Civil Veterinary Department. Madras. Admin. report 1910-25 - 1910-1925
Year: 1910
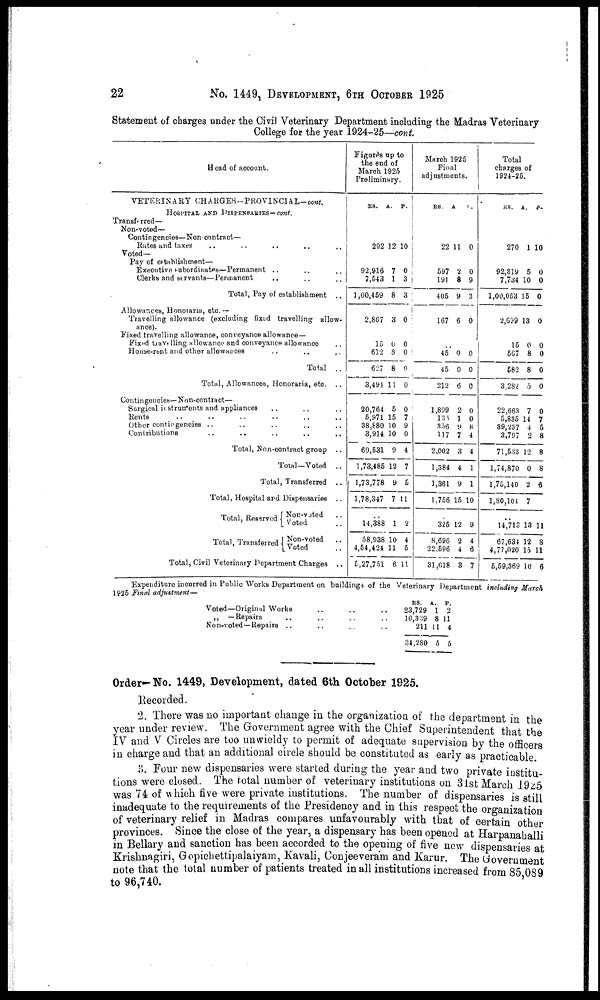
22
No. 1449, DEVELOPMENT, 6TH OCTOBER 1925
Statement of charges under the Civil Veterinary Department including the Madras Veterinary
College for the year 1924-25—cont.
Head of account.
VETERINARY CHARGES--PROVlNCIAL-cont.
HOSPITAL AND DISPENSARIES-cont.
Transferred—
Non-voted—
Contingencies—Non contract—
Rates and taxes .. .. ..
Voted—
Pay of establishment—
Executive subordinates—Permanent .. .. .. ..
Clerks and servants—Permanent .. ..
Total, Pay of establishment ..
Allowances, Honoiaria, etc.—
Travelling allowance (excluding fixed travelling allow-
ance).
Fixed travelling allowance, conveyance allowance—
Fixed travelling allowance and conveyance allowance ..
House-rent and other allowances .. .. ..
Total ..
Total, Allowances, Honoraria, etc. ..
Contingencies—Non-contract—
Surgical instruments and appliances .. .. ..
Rents .. .. .. .. ..
Other contingencies .. .. .. ..
Contributions .. .. .. ..
Total, Non-contract group .. .. ..
Total—Voted ..
Total, Transferred
..
Total, Hospital and Dispensaries ..
Total, Reserved Non-voted ..
Voted ..
Total, Transferred
Non-voted
..
Voted
Total, Civil Veterinary Department Charges ..
Figures up to
the end of
March 1925
Preliminary.
RS.
292
92,916
7,643
1,00,459
2,867
15
612
627
3,491
20,764
5,971
38,680
3,914
69,531
1,73,485
1,73,778
1,78,347
14,388
58,938
4,54,424
6,27,751
A.
12
7
1
8
3
0
8
8
11
5
15
10
10
9
12
9
7
1
10
11
6
P.
10
0
3
3
0
0
0
0
0
0
7
9
0
4
7
5
11
2
4
5
11
March 1925
Final
adjustments.
RS.
22
597
191
405
167
45
45
212
1,899
136
356
117
2,002
1,384
1,361
1,756
325
8,696
22.596
31,618
A
11
2
8
9
6
0
0
6
2
1
9
7
3
4
9
15
12
2
4
3
P.
0
0
9
3
0
0
0
0
0
0
8
4
4
1
1
10
9
4
6
7
Total
charges of
1924-25.
RS.
270
92,319
7,734
1,00,053
2,659
15
567
582
3,282
22,663
5,835
39,257
3,797
71,533 1
1,74,870
1,75,140
l,80,104
14,713
67,634
4,77,020
5,59,369
A.
1
5
10
15
13
0
8
8
5
7
14
4
2
2
0
2
7
13
12
15
10
P.
10
0
0
0
0
0
0
0
0
0
7
5
8
8
8
6
11
8
11
6
Expenditure incurred in Public Works Department on buildings of the Veterinary Department including March
1925 Final adjustment—
Voted—Original Works ..
„ —Repairs .. ..
Non-voted—Repairs .. ..
RS. A.
P.
.. .. 23,729 1 2
.. .. 10,339 8 11
.. .. 211 11 4
34,280 5 5
Order—No. 1449, Development, dated 6th October 1925.
Recorded.
2. There was no important change in the organization of the department in the
year under review. The Government agree with the Chief Superintendent that the
IV and V Circles are too unwieldy to permit of adequate supervision by the officers
in charge and that an additional circle should be constituted as early as practicable.
3. Pour new dispensaries were started during the year and two private institu-
tions were closed. The total number of veterinary institutions on 31st March 1925
was 74 of which five were private institutions. The number of dispensaries is still
inadequate to the requirements of the Presidency and in this respect the organization
of veterinary relief in Madras compares unfavourably with that of certain other
provinces. Since the close of the year, a dispensary has been opened at Harpanahalli
in Bellary and sanction has been accorded to the opening of five new dispensaries at
Krishnagiri, Gopichettipalaiyam, Kavali, Conjeeveram and Karur. The Government
note that the total number of patients treated in all institutions increased from 85 089
to 96,740.